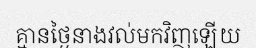
គ្មានថ្ងៃនាងវល់មកវិញឡើយ